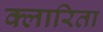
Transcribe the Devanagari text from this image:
क्लारिता